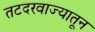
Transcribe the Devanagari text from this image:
तटदरवाज्यातून